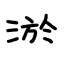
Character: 淤